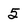
Character: 5